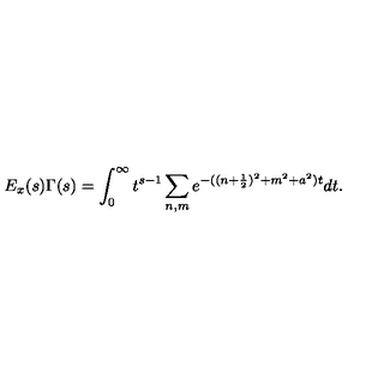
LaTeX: E _ { x } ( s ) \Gamma ( s ) = \int _ { 0 } ^ { \infty } t ^ { s - 1 } \sum _ { n , m } e ^ { - ( ( n + \frac { 1 } { 2 } ) ^ { 2 } + m ^ { 2 } + a ^ { 2 } ) t } d t .